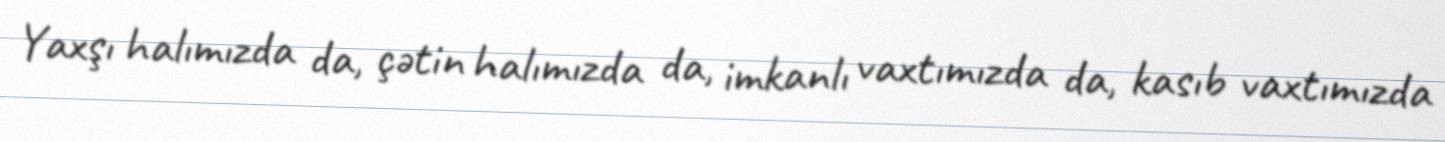
Yaxşı halımızda da, çətin halımızda da, imkanlı vaxtımızda da, kasıb vaxtımızda